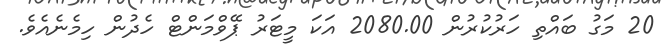
20 މަގު ބައްތި ހަރުކުރުން 2080.00 އަކަ މީޓަރު ޕޭވްމަންޓް ހެދުން ހިމެނެއެވެ.